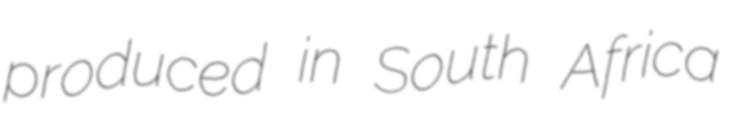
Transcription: produced in South Africa